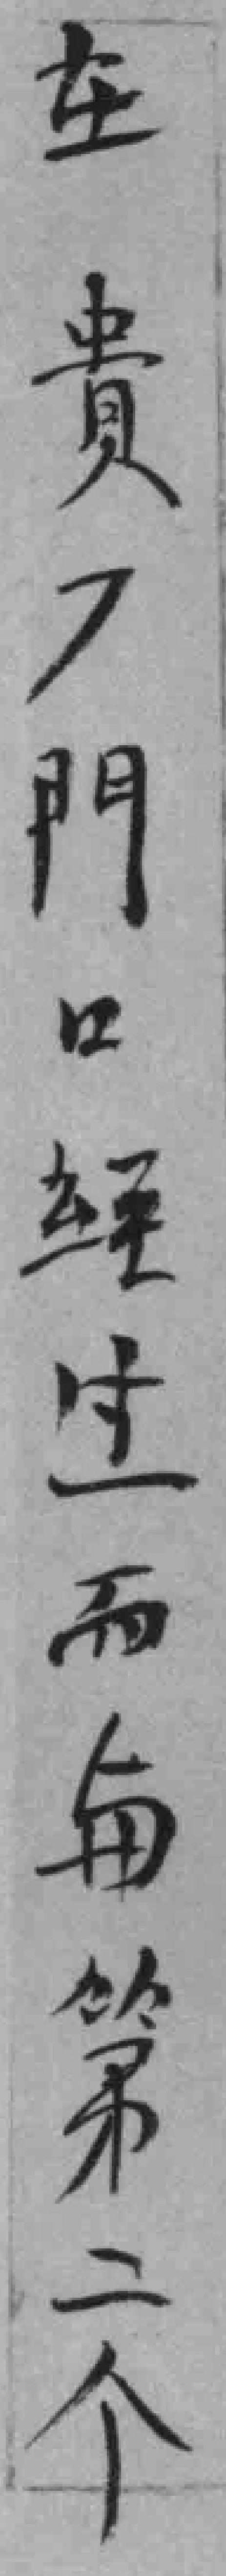
在贵*門口經过而与第二个